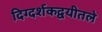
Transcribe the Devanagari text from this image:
दिग्दर्शकद्वयीतले